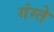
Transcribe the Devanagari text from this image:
गंग्ते